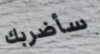
سأضربك